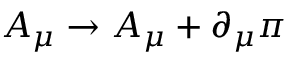
A _ { \mu } \to A _ { \mu } + \partial _ { \mu } \pi